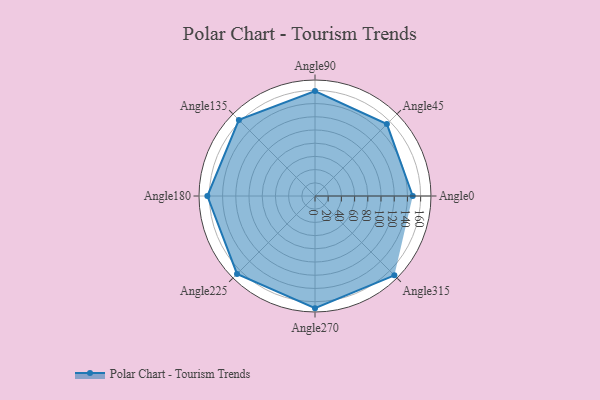
{"axis": {"x": "Angle", "y": "Radius"}, "legend": [""], "data": [{"x": "Angle0", "y": 148.0, "type": ""}, {"x": "Angle45", "y": 154.0, "type": ""}, {"x": "Angle90", "y": 159.0, "type": ""}, {"x": "Angle135", "y": 163.0, "type": ""}, {"x": "Angle180", "y": 163.0, "type": ""}, {"x": "Angle225", "y": 167.0, "type": ""}, {"x": "Angle270", "y": 170, "type": ""}, {"x": "Angle315", "y": 170, "type": ""}]}